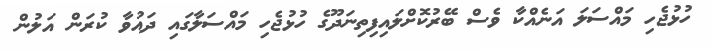
ހުޅުޖެހި މައްސަލަ އަނެއްކާ ވެސް ބޭރުކޮށްލައިފިތިނަދޫގެ ހުޅުޖެހި މައްސަލާގައި ދައުވާ ކުރަން އަލުން